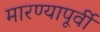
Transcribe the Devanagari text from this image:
मारण्यापूर्वी